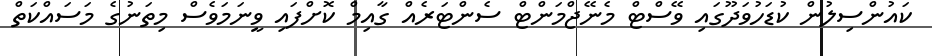
ކައުންސިލުން ކުޑަހުވަދޫގައި ވޭސްޓް މެނޭޖްމަންޓް ސެންޓަރެއް ގާއިމް ކޮށްފައި ވީނަމަވެސް މިތަނުގެ މަސައްކަތް